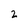
Character: 2